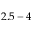
2 . 5 - 4